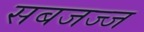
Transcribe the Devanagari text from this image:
सबजज्ज